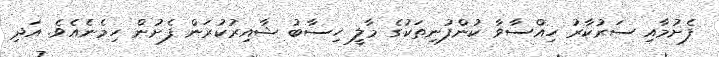
ފެށުމާއި ސަރުކާރު ހިއްސާވާ ކުންފުނިތަކުގެ މާލީ ހިސާބު ޝާއިރުކުރަން ފެށުން ހިމެނެއެވެ. އަދި